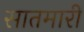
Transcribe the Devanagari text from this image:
सातमारी